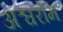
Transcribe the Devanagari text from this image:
अश्वरोम